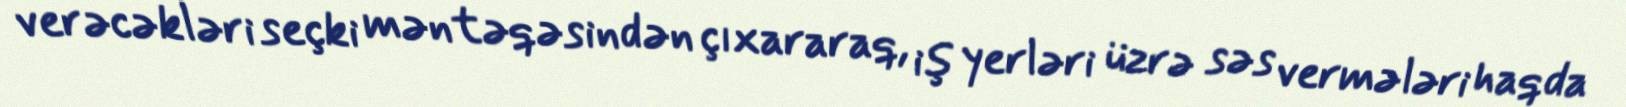
verəcəkləri seçki məntəqəsindən çıxararaq, iş yerləri üzrə səs vermələri haqda